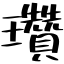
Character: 瓚